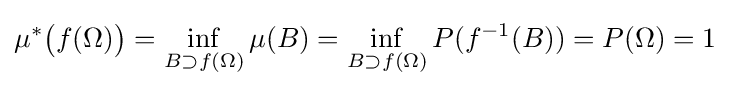
\displaystyle \mu ^{*}{\big (}f(\Omega ){\big )}=\inf _{B\supset f(\Omega )}\mu (B)=\inf _{B\supset f(\Omega )}P(f^{-1}(B))=P(\Omega )=1